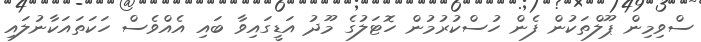
ސްވިމިން ޕޫލްތަކުން ފެން ހުސްކުރުމުން ހޮޓަލުގެ މޫދު އަޑީގައިވާ ބައި އެއްވެސް ހަކަތައަކާނުލައި